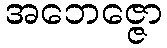
အဘေဇ္ဇော